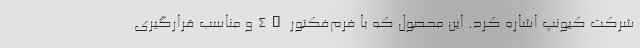
شرکت کیونپ اشاره کرد. این محصول که با فرم‌فکتور 4U و مناسب قرارگیری